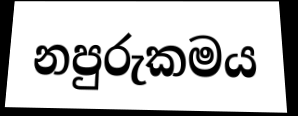
නපුරුකමය